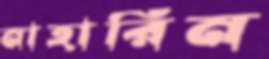
নাহারিন